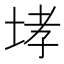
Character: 𡌉